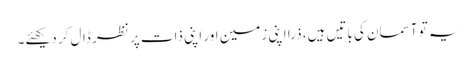
یہ تو آسمان کی باتیں ہیں، ذرا اپنی زمین اور اپنی ذات پر نظر ڈال کر دیکھئے۔